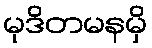
မုဒိတမနမှိ